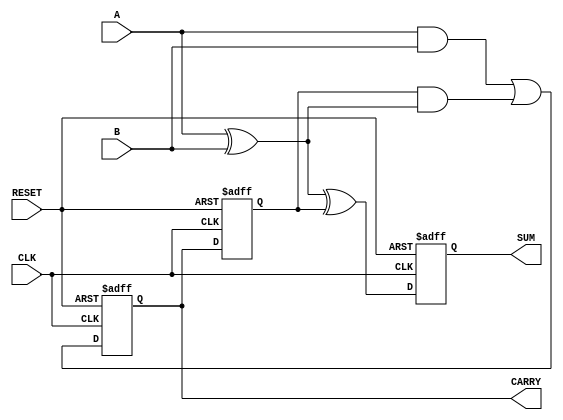
module SequentialHalfAdder (
    input wire A,          // First input bit
    input wire B,          // Second input bit
    input wire CLK,        // Clock signal
    input wire RESET,      // Reset signal
    output reg SUM,        // Sum output
    output reg CARRY       // Carry output
);

    reg previous_carry;    // Internal state variable to hold the previous carry

    always @(posedge CLK or posedge RESET) begin
        if (RESET) begin
            // Reset the outputs and internal state
            SUM <= 1'b0;
            CARRY <= 1'b0;
            previous_carry <= 1'b0;
        end else begin
            // Compute the new sum and carry
            SUM <= A ^ B ^ previous_carry; // SUM = A XOR B XOR previous_carry
            CARRY <= (A & B) | (previous_carry & (A ^ B)); // CARRY = (A AND B) OR (previous_carry AND (A XOR B))
            previous_carry <= CARRY; // Update the previous carry for the next clock cycle
        end
    end

endmodule